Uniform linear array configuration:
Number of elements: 16
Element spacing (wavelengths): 1
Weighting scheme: hann
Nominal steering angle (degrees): -45
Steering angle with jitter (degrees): -45.133
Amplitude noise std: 0.05
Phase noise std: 0.05

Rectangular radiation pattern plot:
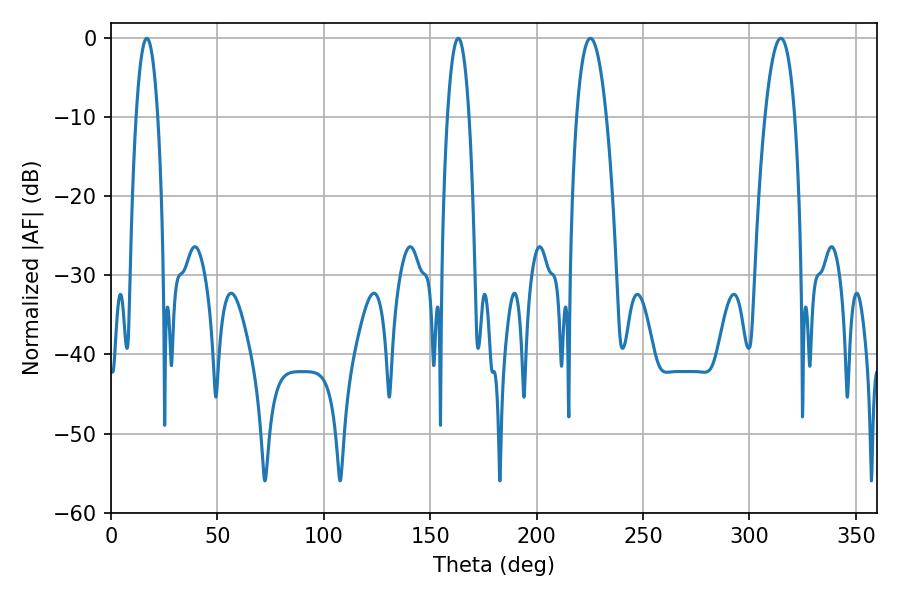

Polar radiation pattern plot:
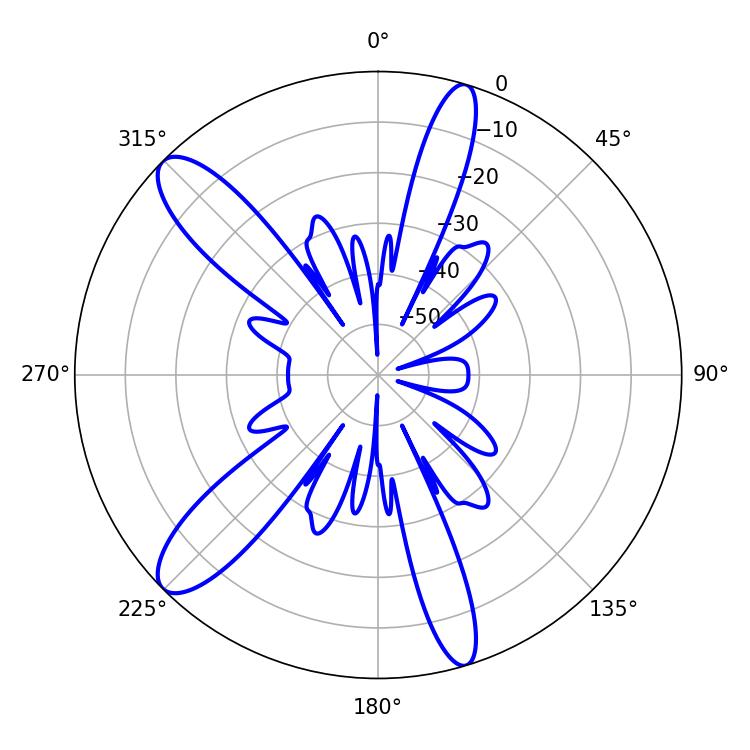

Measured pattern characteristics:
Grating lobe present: TRUE
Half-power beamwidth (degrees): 7.74
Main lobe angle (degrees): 225.18